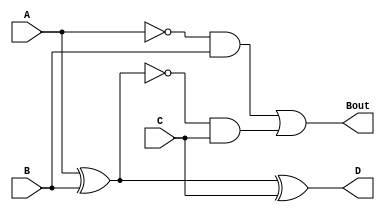
module fullsub(A,B,C,D,Bout);
  input A,B,C;
  output reg D,Bout;
  assign D = A^B^C;
  assign  Bout= (~A & B) | (~(A ^ B) & C);
endmodule